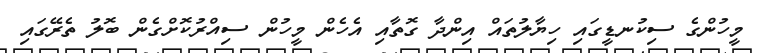
މީހުންގެ ސިކުނޑީގައި ހިޔާލުތައް އިންދާ ގޮތާއި އެހެން މީހުން ސިއްރުކޮށްގެން ބޮލު ތެރޭގައި